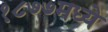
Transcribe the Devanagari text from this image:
१८७७मध्ये